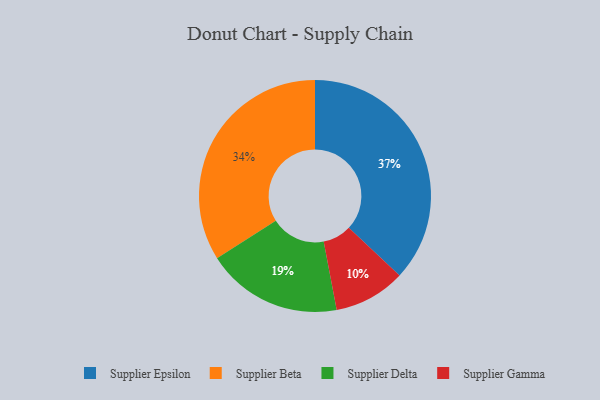
{"axis": {"x": "Category", "y": "Percentage"}, "legend": ["Supplier Beta", "Supplier Delta", "Supplier Epsilon", "Supplier Gamma"], "data": [{"x": "Supplier Gamma", "y": 10, "type": "Supplier Gamma"}, {"x": "Supplier Beta", "y": 34, "type": "Supplier Beta"}, {"x": "Supplier Epsilon", "y": 37, "type": "Supplier Epsilon"}, {"x": "Supplier Delta", "y": 19, "type": "Supplier Delta"}]}